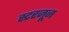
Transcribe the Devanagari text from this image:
स्टरजून